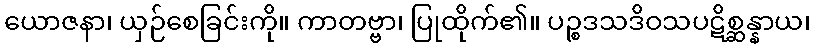
ယောဇနာ၊ ယှဉ်စေခြင်းကို။ ကာတဗ္ဗာ၊ ပြုထိုက်၏။ ပဉ္စဒသဒိဝသပဋိစ္ဆန္နာယ၊